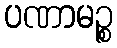
ပဏာမဉ္စ